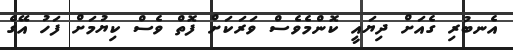
އެނބުރި ގެއަށް ދިޔައީ ކޮންމެވެސް ވަރަކަށް ފޮތް ވެސް ކިޔުމަށް ފަހު އޭގެ